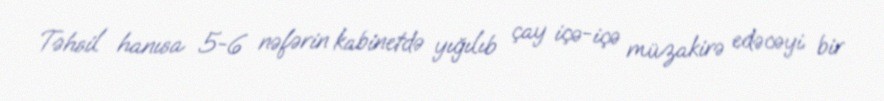
Təhsil hanısa 5-6 nəfərin kabinetdə yığılıb çay içə-içə müzakirə edəcəyi bir